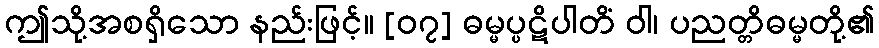
ဤသို့အစရှိသော နည်းဖြင့်။ [၀၇] ဓမ္မပ္ပဋိပါတိံ ဝါ၊ ပညတ္တိဓမ္မတို့၏